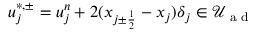
u _ { j } ^ { \ast , \pm } = u _ { j } ^ { n } + 2 ( x _ { { j \pm \frac { 1 } { 2 } } } - x _ { j } ) \delta _ { j } \in \mathcal { U } _ { \textrm { a d } }